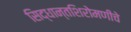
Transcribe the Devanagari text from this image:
सिद्धान्तशिरोमणीचे